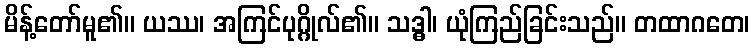
မိန့်တော်မူ၏။ ယဿ၊ အကြင်ပုဂ္ဂိုလ်၏။ သဒ္ဓါ၊ ယုံကြည်ခြင်းသည်။ တထာဂတေ၊